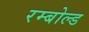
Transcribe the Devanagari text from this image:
रम्बोल्ड